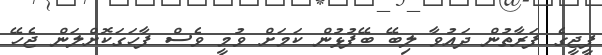
ޕީޖީގެ ފަރާތުން ދައުވާ ލިބޭ ބޭފުޅުން ކަމަށް ވުމީ ވެސް ފާހަގަކޮށްލަން ޖެހޭ